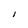
Character: i